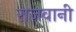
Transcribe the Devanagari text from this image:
राजवानी